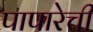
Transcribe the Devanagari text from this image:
पापारेची